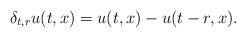
LaTeX: \begin{align*}\delta_{t,r}u(t,x)=u(t,x)-u(t-r,x).\end{align*}